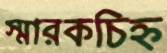
স্মারকচিহ্ন